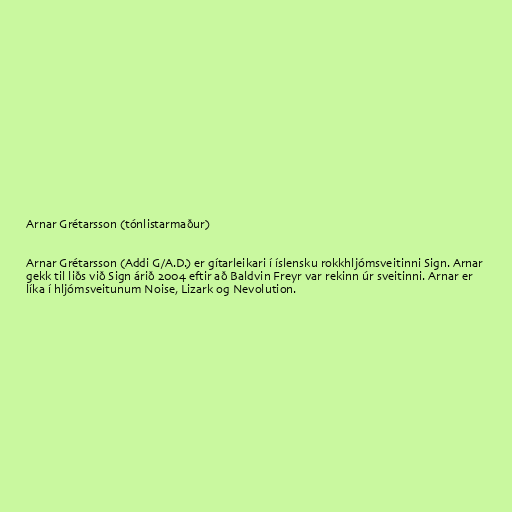
Arnar Grétarsson (tónlistarmaður)

Arnar Grétarsson (Addi G/A.D.) er gítarleikari í íslensku rokkhljómsveitinni Sign. Arnar
gekk til liðs við Sign árið 2004 eftir að Baldvin Freyr var rekinn úr sveitinni. Arnar er
líka í hljómsveitunum Noise, Lizark og Nevolution.